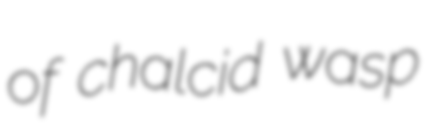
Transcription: of chalcid wasp